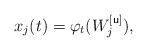
\begin{align*}x_j(t)=\varphi_t(W_j^{[{\sf u}]}),\end{align*}